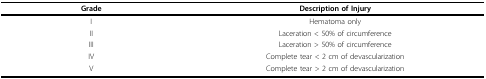
<table><thead><tr><td><b>Grade</b></td><td><b>Description of Injury</b></td></tr></thead><tbody><tr><td>I</td><td>Hematoma only</td></tr><tr><td>II</td><td>Laceration &lt; 50% of circumference</td></tr><tr><td>III</td><td>Laceration &gt; 50% of circumference</td></tr><tr><td>IV</td><td>Complete tear &lt; 2 cm of devascularization</td></tr><tr><td>V</td><td>Complete tear &gt; 2 cm of devascularization</td></tr></tbody></table>